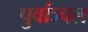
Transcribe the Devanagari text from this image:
पुर्वाञ्चल